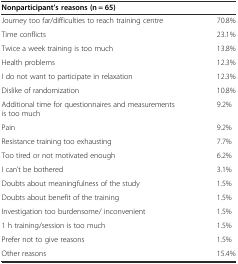
<table><thead><tr><td colspan="2"><b>Nonparticipant’s reasons (n = 65)</b></td></tr></thead><tbody><tr><td>Journey too far/difficulties to reach training centre</td><td>70.8%</td></tr><tr><td>Time conflicts</td><td>23.1%</td></tr><tr><td>Twice a week training is too much</td><td>13.8%</td></tr><tr><td>Health problems</td><td>12.3%</td></tr><tr><td>I do not want to participate in relaxation</td><td>12.3%</td></tr><tr><td>Dislike of randomization</td><td>10.8%</td></tr><tr><td>Additional time for questionnaires and measurements is too much</td><td>9.2%</td></tr><tr><td>Pain</td><td>9.2%</td></tr><tr><td>Resistance training too exhausting</td><td>7.7%</td></tr><tr><td>Too tired or not motivated enough</td><td>6.2%</td></tr><tr><td>I can’t be bothered</td><td>3.1%</td></tr><tr><td>Doubts about meaningfulness of the study</td><td>1.5%</td></tr><tr><td>Doubts about benefit of the training</td><td>1.5%</td></tr><tr><td>Investigation too burdensome/ inconvenient</td><td>1.5%</td></tr><tr><td>1 h training/session is too much</td><td>1.5%</td></tr><tr><td>Prefer not to give reasons</td><td>1.5%</td></tr><tr><td>Other reasons</td><td>15.4%</td></tr></tbody></table>